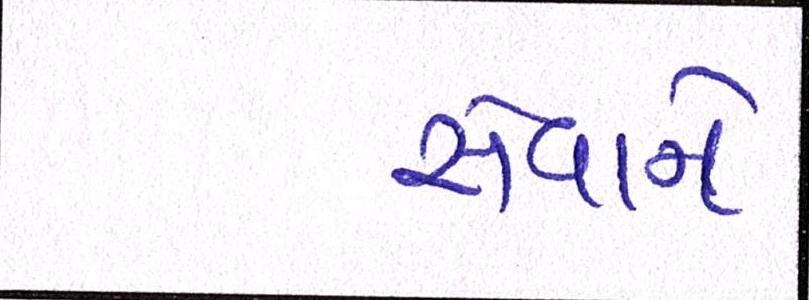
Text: સેવાને